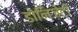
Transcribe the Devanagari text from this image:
डोनिज़ेटी